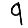
Digit: 9